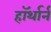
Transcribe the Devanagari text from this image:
हॉर्थार्न